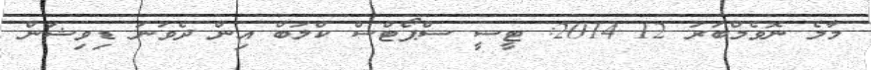
މާލެ ނޮވެމްބަރު 12 2014: ޓީސީ ސްޕޯޓްސް ކްލަބް އިން ދެވަނަ ޑިވިޝަން